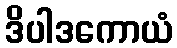
ဒိပါဒကောယံ